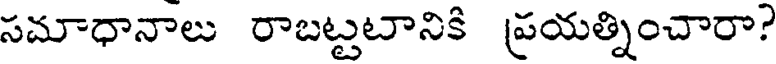
సమాధానాలు రాబట్టటానికి ప్రయత్నించారా?